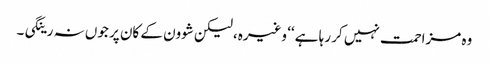
وہ مزاحمت نہیں کر رہا ہے ‘‘ وغیرہ، لیکن شوون کے کان پر جوں نہ رینگی۔